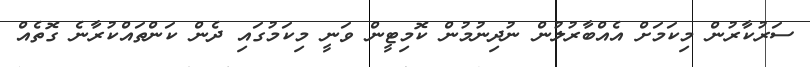
ސަރުކާރުން މިކަމަށް އެއްބާރުލުން ނުދިނުމުން ކޮމިޓީން ވަނީ މިކަމުގައި ދެން ކަންތައްކުރާނެ ގޮތެއް